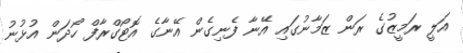
އަލީ ރަމީޒުގެ ރަން ޒަމާނުގައި އޭނާ ފެނިގެން އޭނާގެ އޮޓޯގްރާފް ހޯދަން އުޅުނު